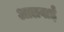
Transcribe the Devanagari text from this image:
आलवाई